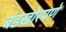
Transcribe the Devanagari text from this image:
बंडखोरपणे